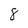
Character: 8